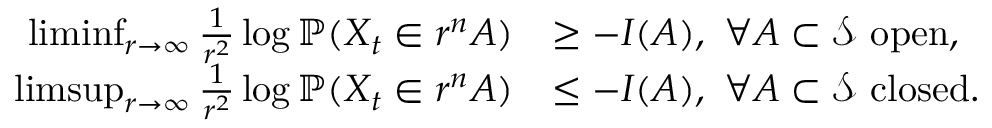
\begin{array} { r l } { \operatorname* { l i m i n f } _ { r \rightarrow \infty } \frac { 1 } { r ^ { 2 } } \log \mathbb { P } ( X _ { t } \in r ^ { n } A ) } & { \geq - I ( A ) , \ \forall A \subset \mathcal { S } \ \mathrm { o p e n } , } \\ { \operatorname* { l i m s u p } _ { r \rightarrow \infty } \frac { 1 } { r ^ { 2 } } \log \mathbb { P } ( X _ { t } \in r ^ { n } A ) } & { \leq - I ( A ) , \ \forall A \subset \mathcal { S } \ \mathrm { c l o s e d } . } \end{array}